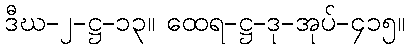
ဒီဃ-၂-ဋ္ဌ-၁၃။ ထေရ-ဋ္ဌ-ဒု-အုပ်-၄၁၅။